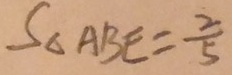
S _ { A B E } = \frac { 2 } { 5 }